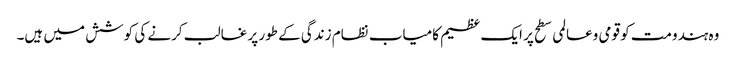
وہ ہندومت کو قومی وعالمی سطح پر ایک عظیم کامیاب نظام زندگی کے طور پر غالب کرنے کی کوشش میں ہیں۔